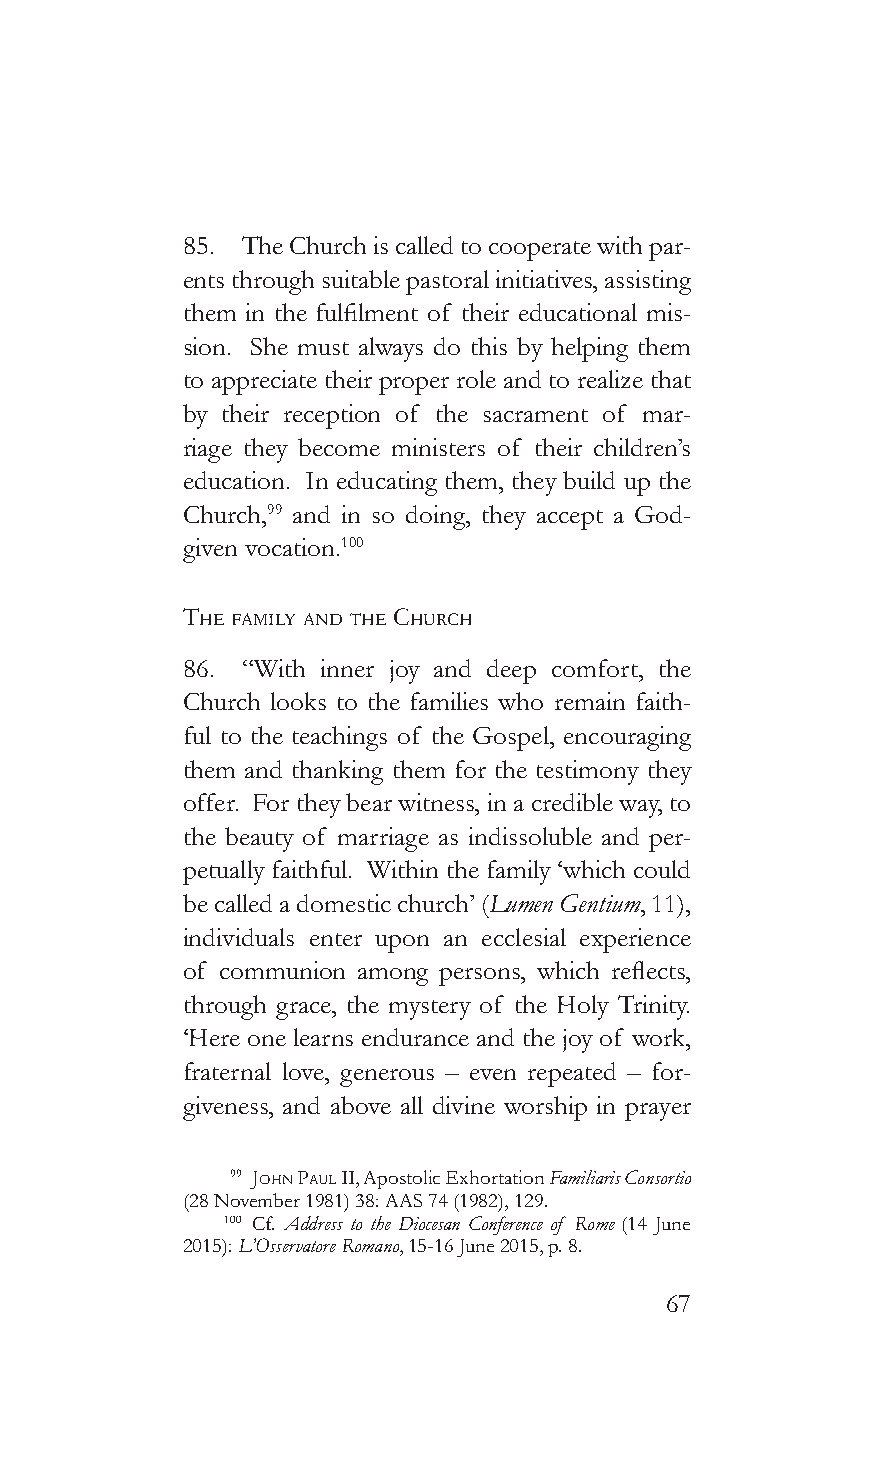
85. The Church is called to cooperate with par-
 ents through suitable pastoral initiatives, assisting
 them in the fulfilment of their educational mis-
 sion. She must always do this by helping them
 to appreciate their proper role and to realize that
 by their reception of the sacrament of mar-
 riage they become ministers of their children’s
 education. In educating them, they build up the
 Church,99 and in so doing, they accept a God-
 given vocation.100
 The famiLy and The church
 86. “With inner joy and deep comfort, the
 Church looks to the families who remain faith-
 ful to the teachings of the Gospel, encouraging
 them and thanking them for the testimony they
 offer. For they bear witness, in a credible way, to
 the beauty of marriage as indissoluble and per-
 petually faithful. Within the family ‘which could
 be called a domestic church’ (Lumen Gentium, 11),
 individuals enter upon an ecclesial experience
 of communion among persons, which reflects,
 through grace, the mystery of the Holy Trinity.
 ‘Here one learns endurance and the joy of work,
 fraternal love, generous – even repeated – for-
 giveness, and above all divine worship in prayer
 99 John pauL II, Apostolic Exhortation Familiaris Consortio
 (28 November 1981) 38: AAS 74 (1982), 129.
 100 Cf. Address to the Diocesan Conference of Rome (14 June
 2015): L’Osservatore Romano, 15-16 June 2015, p. 8.
 67